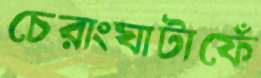
চেরাংঘাটাফেঁ